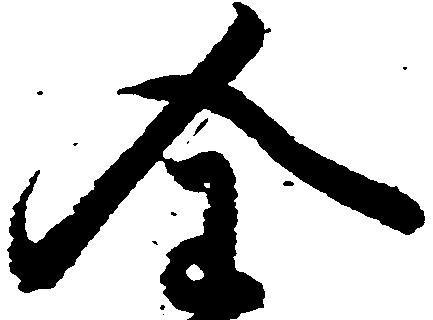
全